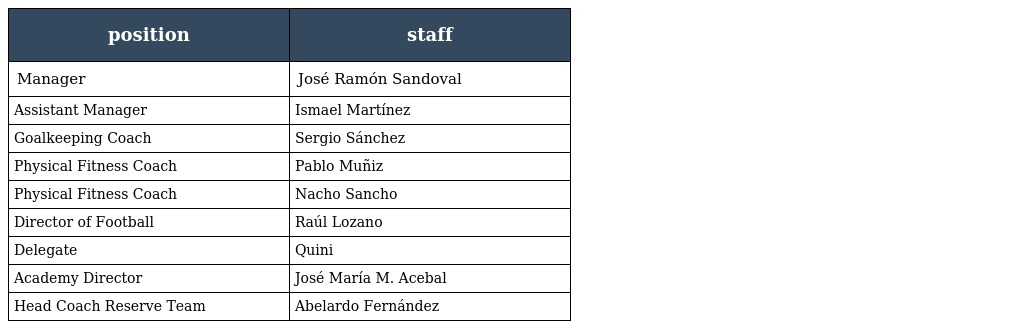
| position | staff |
 | --- | --- |
 | Manager | José Ramón Sandoval |
 | Assistant Manager | Ismael Martínez |
 | Goalkeeping Coach | Sergio Sánchez |
 | Physical Fitness Coach | Pablo Muñiz |
 | Physical Fitness Coach | Nacho Sancho |
 | Director of Football | Raúl Lozano |
 | Delegate | Quini |
 | Academy Director | José María M. Acebal |
 | Head Coach Reserve Team | Abelardo Fernández |